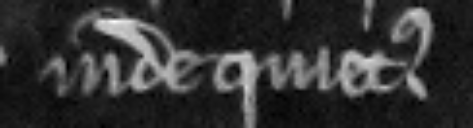
inde quietus.